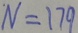
N = 1 7 9